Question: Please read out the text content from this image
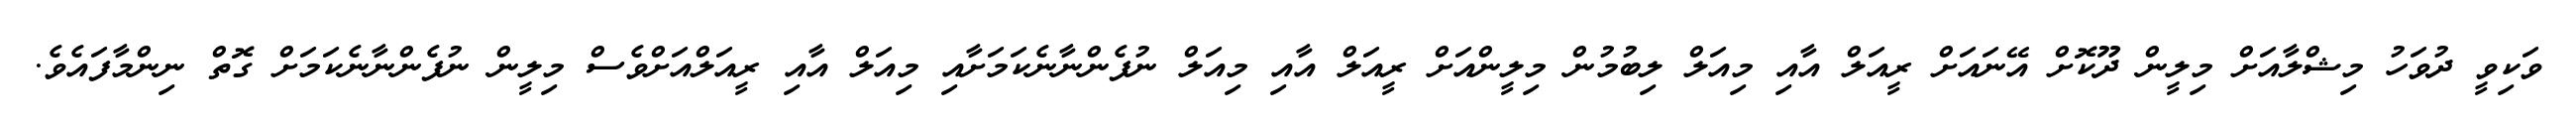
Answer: ވަކިވީ ދުވަހު މިޝްލާއަށް މިލީން ދޫކޮށް އޭނައަށް ރީއަލް އާއި މިއަލް ލިބުމުން މިލީންއަށް ރީއަލް އާއި މިއަލް ނުފެންނާނެކަމަށާއި މިއަލް އާއި ރީއަލްއަށްވެސް މިލީން ނުފެންނާނެކަމަށް ގޮތް ނިންމާފައެވެ.